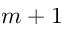
m + 1